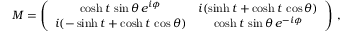
M = \left( \begin{array} { c c } { { \cosh t \, \sin \theta \, e ^ { i \phi } } } & { { i ( \sinh t + \cosh t \, \cos \theta ) } } \\ { { i ( - \sinh t + \cosh t \, \cos \theta ) } } & { { \cosh t \, \sin \theta \, e ^ { - i \phi } } } \end{array} \right) \, ,